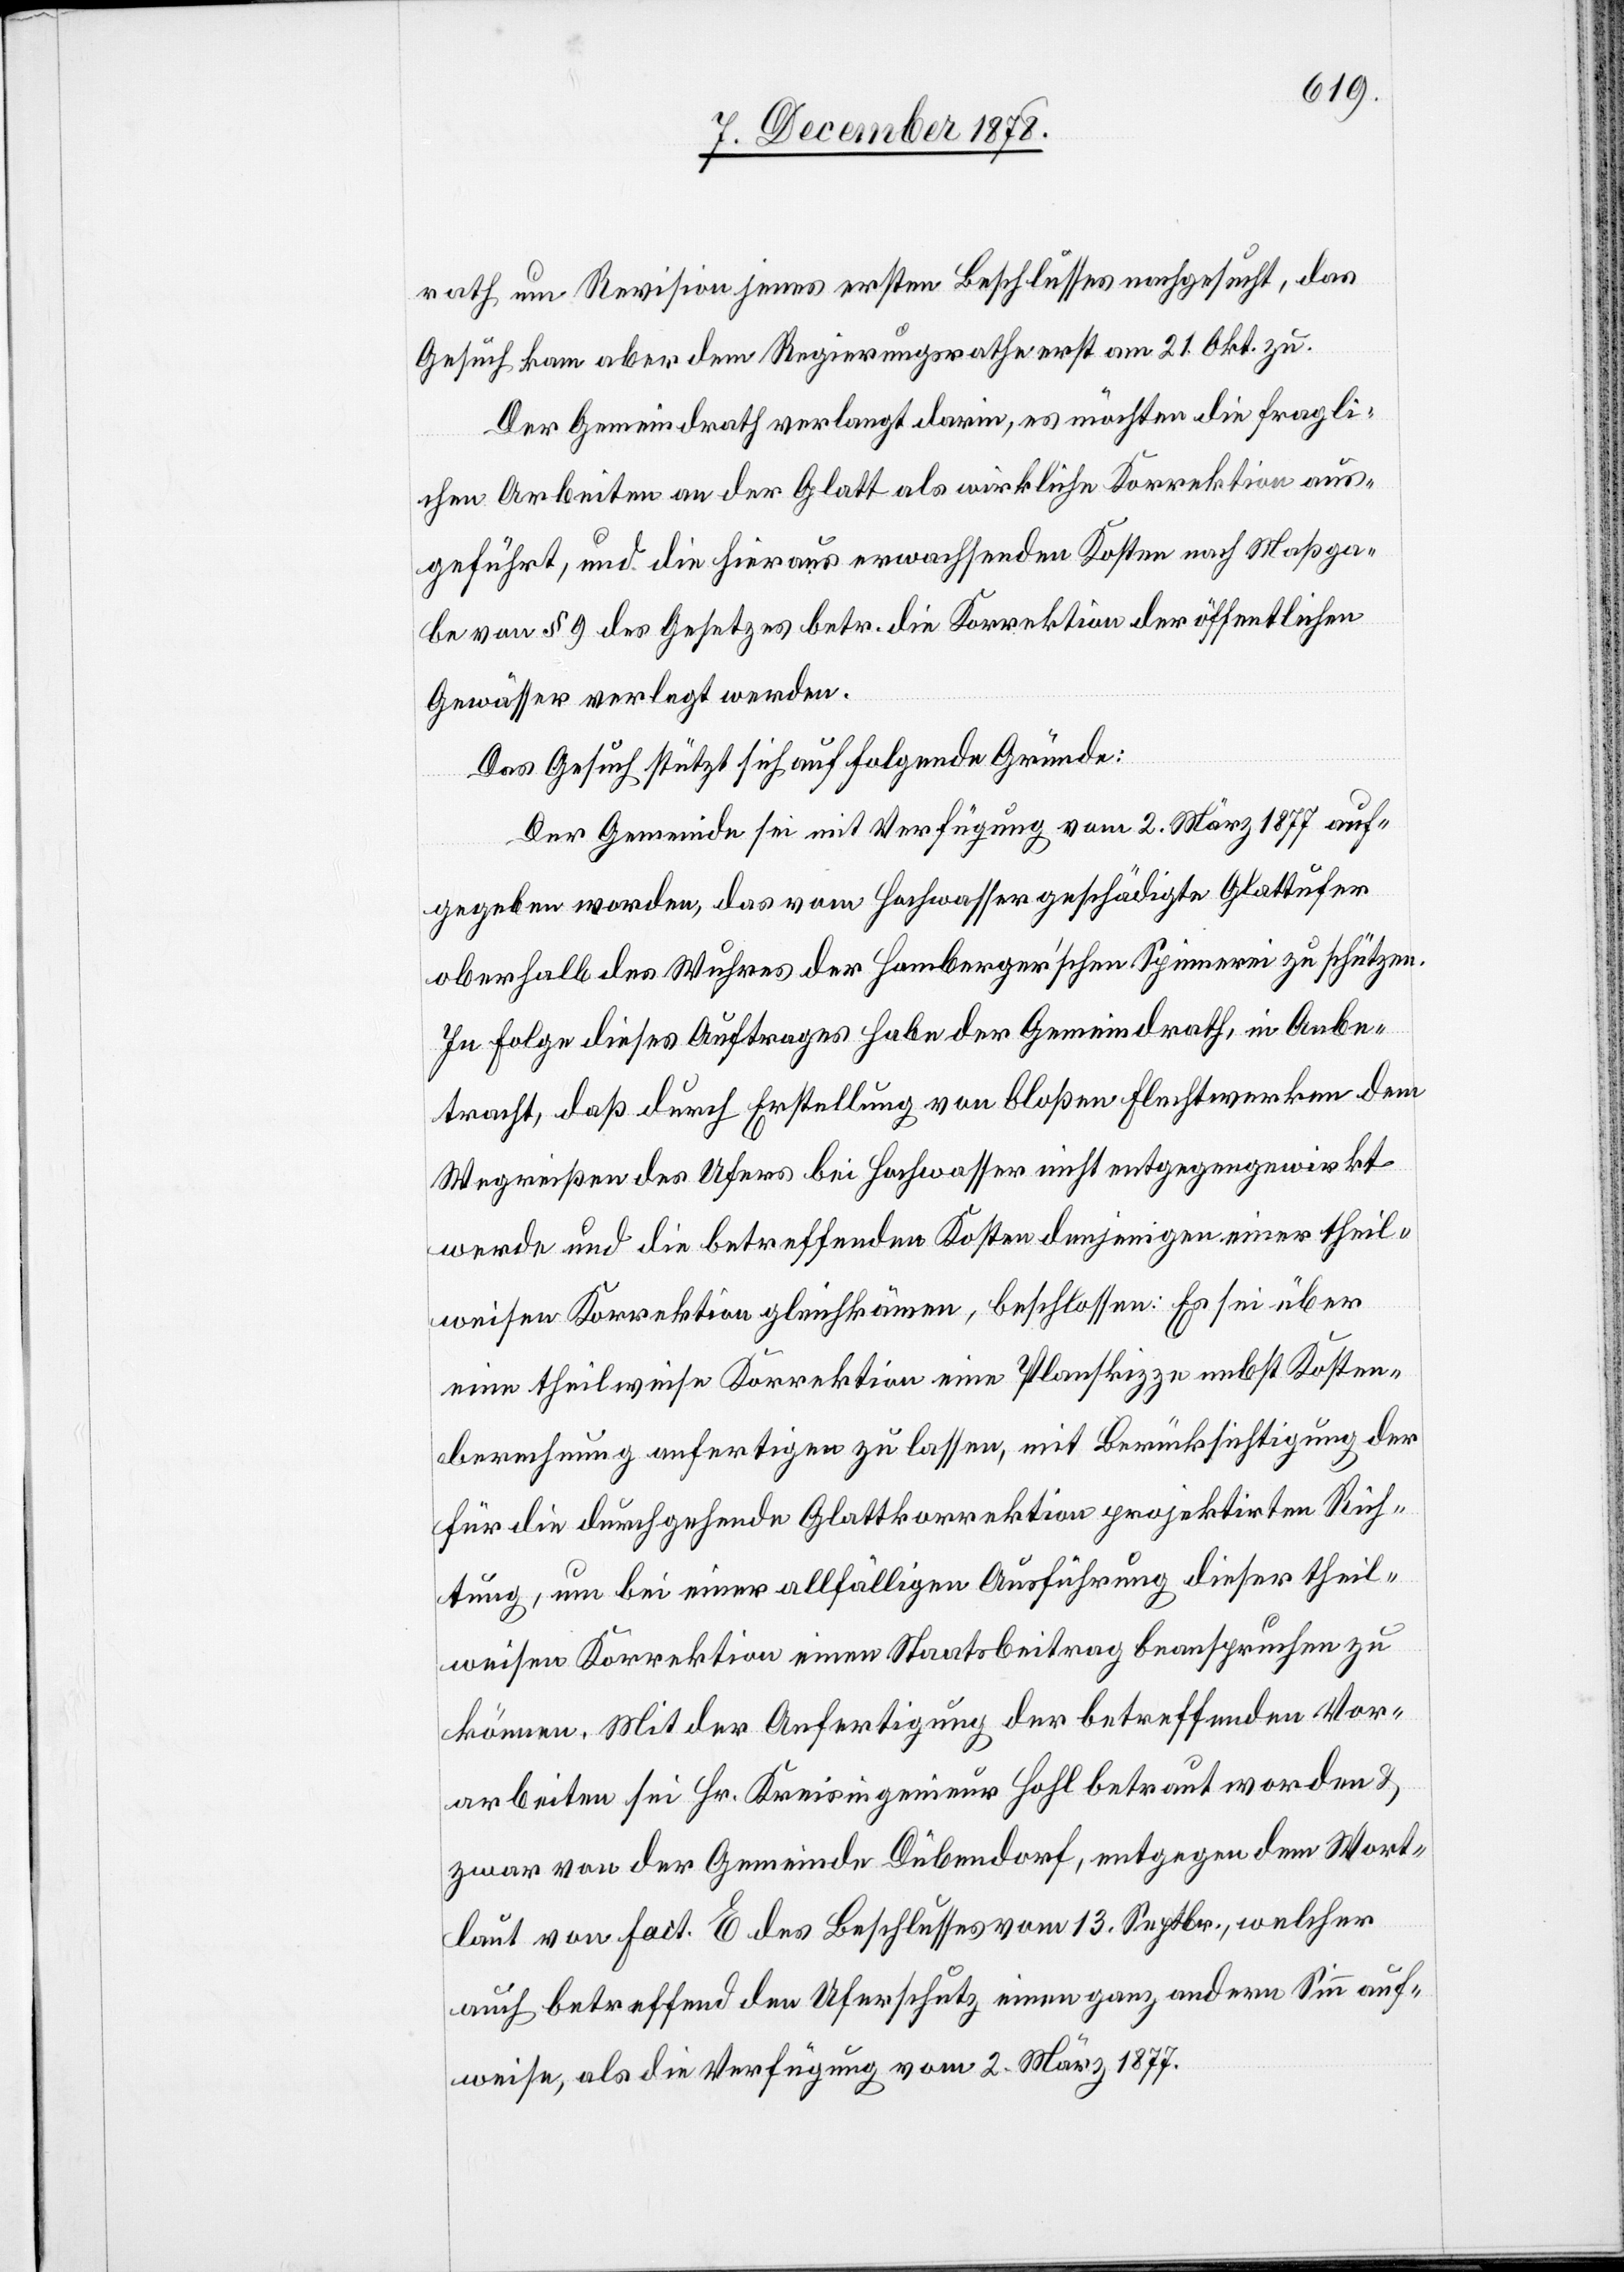
rath um Revision jenes ersten Beschlusses nachgesucht, das
Gesuch kam aber dem Regierungsrathe erst am 21. Okt. zu.
Der Gemeindrath verlangt darin, es möchten die fragli¬
chen Arbeiten an der Glatt als wirkliche Korrektion aus¬
geführt, und die hieraus erwachsenden Kosten nach Maßga¬
be von § 9 des Gesetzes betr. die Korrektion der öffentlichen
Gewässer verlegt werden.
Das Gesuch stützt sich auf folgende Gründe:
Der Gemeinde sei mit Verfügung vom 2. März 1877 auf¬
gegeben worden, das vom Hochwasser geschädigte Glattufer
oberhalb des Wuhres der Homberger’schen Spinnerei zu schützen.
In Folge dieses Auftrages habe der Gemeindrath, in Anbe¬
tracht, daß durch Erstellung von bloßen Flechtwerken dem
Wegreißen des Ufers bei Hochwasser nicht entgegengewirkt
werde und die betreffenden Kosten denjenigen einer theil¬
weisen Korrektion gleichkämen, beschlossen: Es sei über
eine theilweise Korrektion eine Planskizze nebst Kosten¬
berechnung anfertigen zu lassen, mit Berücksichtigung der
für die durchgehende Glattkorrektion projektirten Rich¬
tung, um bei einer allfälligen Ausführung dieser theil¬
weisen Korrektion einen Staatsbeitrag beanspruchen zu
können. Mit der Anfertigung der betreffenden Vor¬
arbeiten sei Hr. Kreisingenieur Hohl betraut worden &
zwar von der Gemeinde Dübendorf, entgegen dem Wort¬
laut von fact. E des Beschlusses vom 13. Septbr., welcher
auch betreffend den Uferschutz einen ganz andern Sinn auf¬
weise, als die Verfügung vom 2. März 1877.